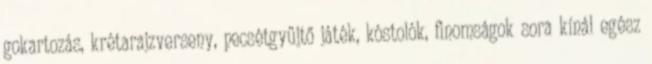
gokartozás, krétarajzverseny, pecsétgyűjtő játék, kóstolók, finomságok sora kínál egész